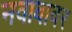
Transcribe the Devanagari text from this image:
नवाबावर